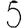
Digit: 5